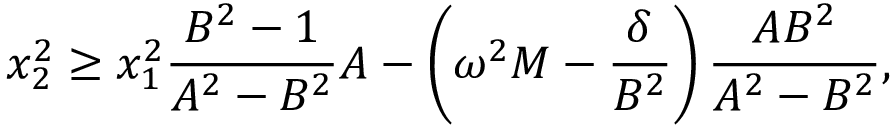
x _ { 2 } ^ { 2 } \geq x _ { 1 } ^ { 2 } \frac { B ^ { 2 } - 1 } { A ^ { 2 } - B ^ { 2 } } A - \left( \omega ^ { 2 } M - \frac { \delta } { B ^ { 2 } } \right) \frac { A B ^ { 2 } } { A ^ { 2 } - B ^ { 2 } } ,